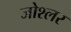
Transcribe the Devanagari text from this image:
जोश्लर